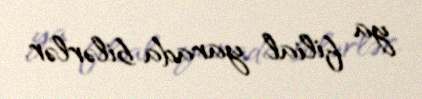
ya filial yarada bilərlər.